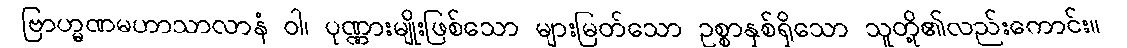
ဗြာဟ္မဏမဟာသာလာနံ ဝါ၊ ပုဏ္ဏားမျိုးဖြစ်သော များမြတ်သော ဥစ္စာနှစ်ရှိသော သူတို့၏လည်းကောင်း။